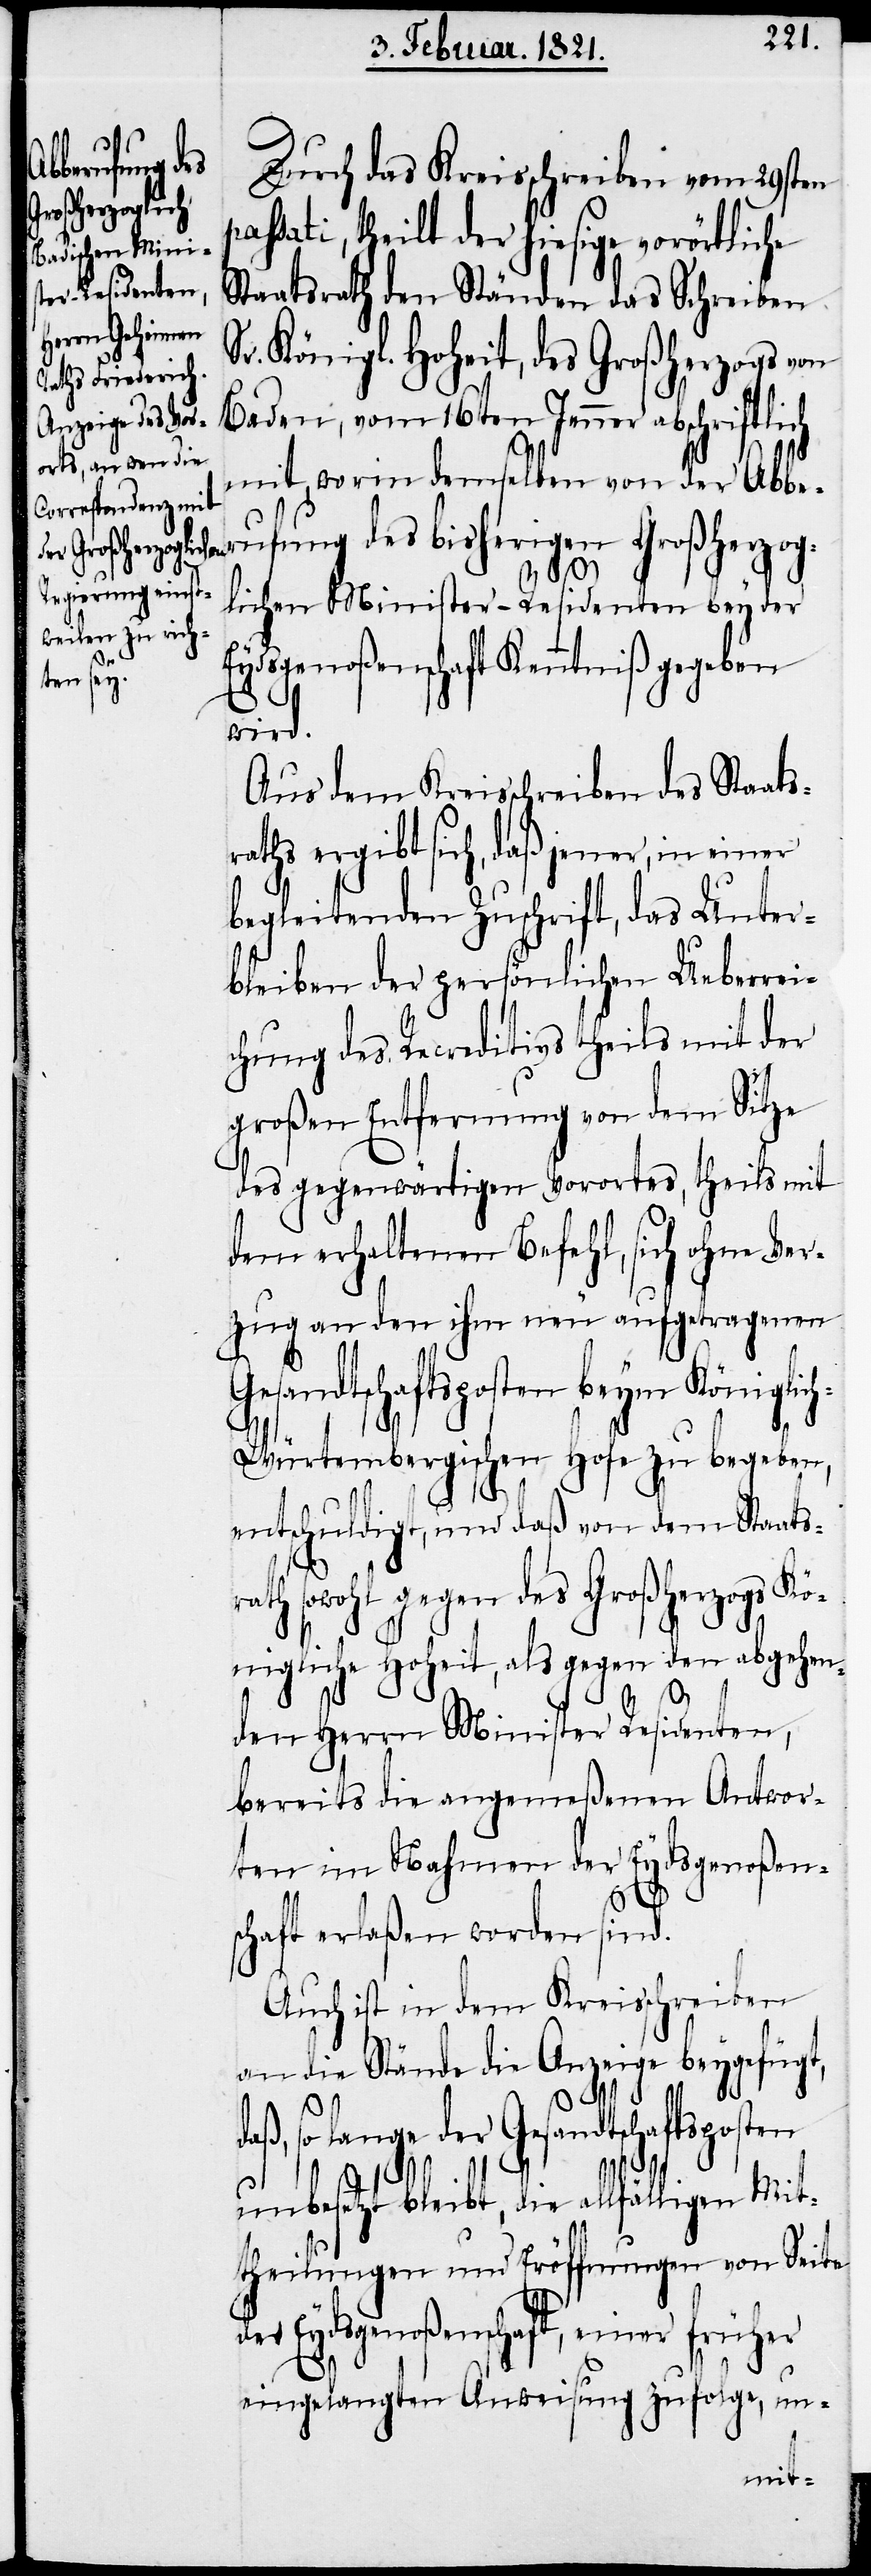
rath sow¬

Durch das Kreisschreiben vom 29sten
assati, theilt der hiesige vorörtliche
Staatsrath den Ständen das Schreiben
Sr. Königl. Hoheit, des Großherzogs von
Baden, vom 16ten Jenner abschriftlich
mit, worin demselben von der Abber¬
ufung des bisherigen Großherzog¬
lichen Minister-Residenten bey der
ydsgenoßenschaft Kenntniß gegeben
wird.
Aus dem Kreisschreiben des Staats¬
raths ergibt sich, daß jener, in einer
begleitenden Zuschrift, das Unter¬
bleiben der persönlichen Ueberrei¬
chung des Recreditivs theils mit der
großen Entfernung von dem Sitze
des gegenwärtigen Vorortes, theils mit
dem erhaltenen Befehl, sich ohne Ver¬
zug an den ihm neu aufgetragenen
Gesandtschaftsposten beym Königlic¬
h-Würtembergischen Hofe zu begeben,
entschuldigt, und daß von dem Staats¬
ohl gegen des Großherzogs K¬
önigliche Hoheit, als gegen den abgehen¬
den Herrn Minister Residenten,
bereits die angemeßenen Antwor¬
ten im Nahmen der Eydsgenoßen¬
schaft erlaßen worden sind.
Auch ist dem Kreisschreiben
an die Stände die Anzeige beygefügt,
aß, so lange der Gesandtschaftsposten
d¬
unbesetzt bleibt, die allfälligen Mit¬
theilungen und Eröffnungen von Seite
der Eydsgenoßenschaft, einer früher
eingelangten Ausweisung zufolge, un-